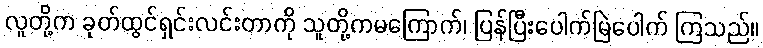
လူတို့က ခုတ်ထွင်ရှင်းလင်းတာကို သူတို့ကမကြောက်၊ ပြန်ပြီးပေါက်မြဲပေါက် ကြသည်။